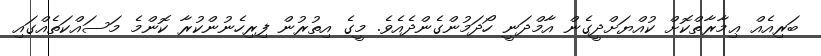
ބަރިއެއް ޢިމާރާތްކޮށް ކުއްޔަށްދީގެން އާމްދަނީ ހޯދަމުންގެންދެއެވެ. މީގެ އިތުރުން ފިރިހެނުންކުރާ ކޮންމެ މަސައްކަތެއްގައި